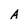
Character: A